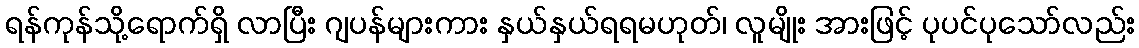
ရန်ကုန်သို့ရောက်ရှိ လာပြီး ဂျပန်များကား နှယ်နှယ်ရရမဟုတ်၊ လူမျိုး အားဖြင့် ပုပင်ပုသော်လည်း